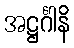
အဋ္ဌင်္ဂါနိ